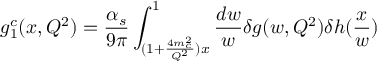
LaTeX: g _ { 1 } ^ { c } ( x , Q ^ { 2 } ) = { \frac { \alpha _ { s } } { 9 \pi } } \int _ { ( 1 + { \frac { 4 m _ { c } ^ { 2 } } { Q ^ { 2 } } } ) x } ^ { 1 } { \frac { d w } { w } } \delta g ( w , Q ^ { 2 } ) \delta h ( { \frac { x } { w } } )